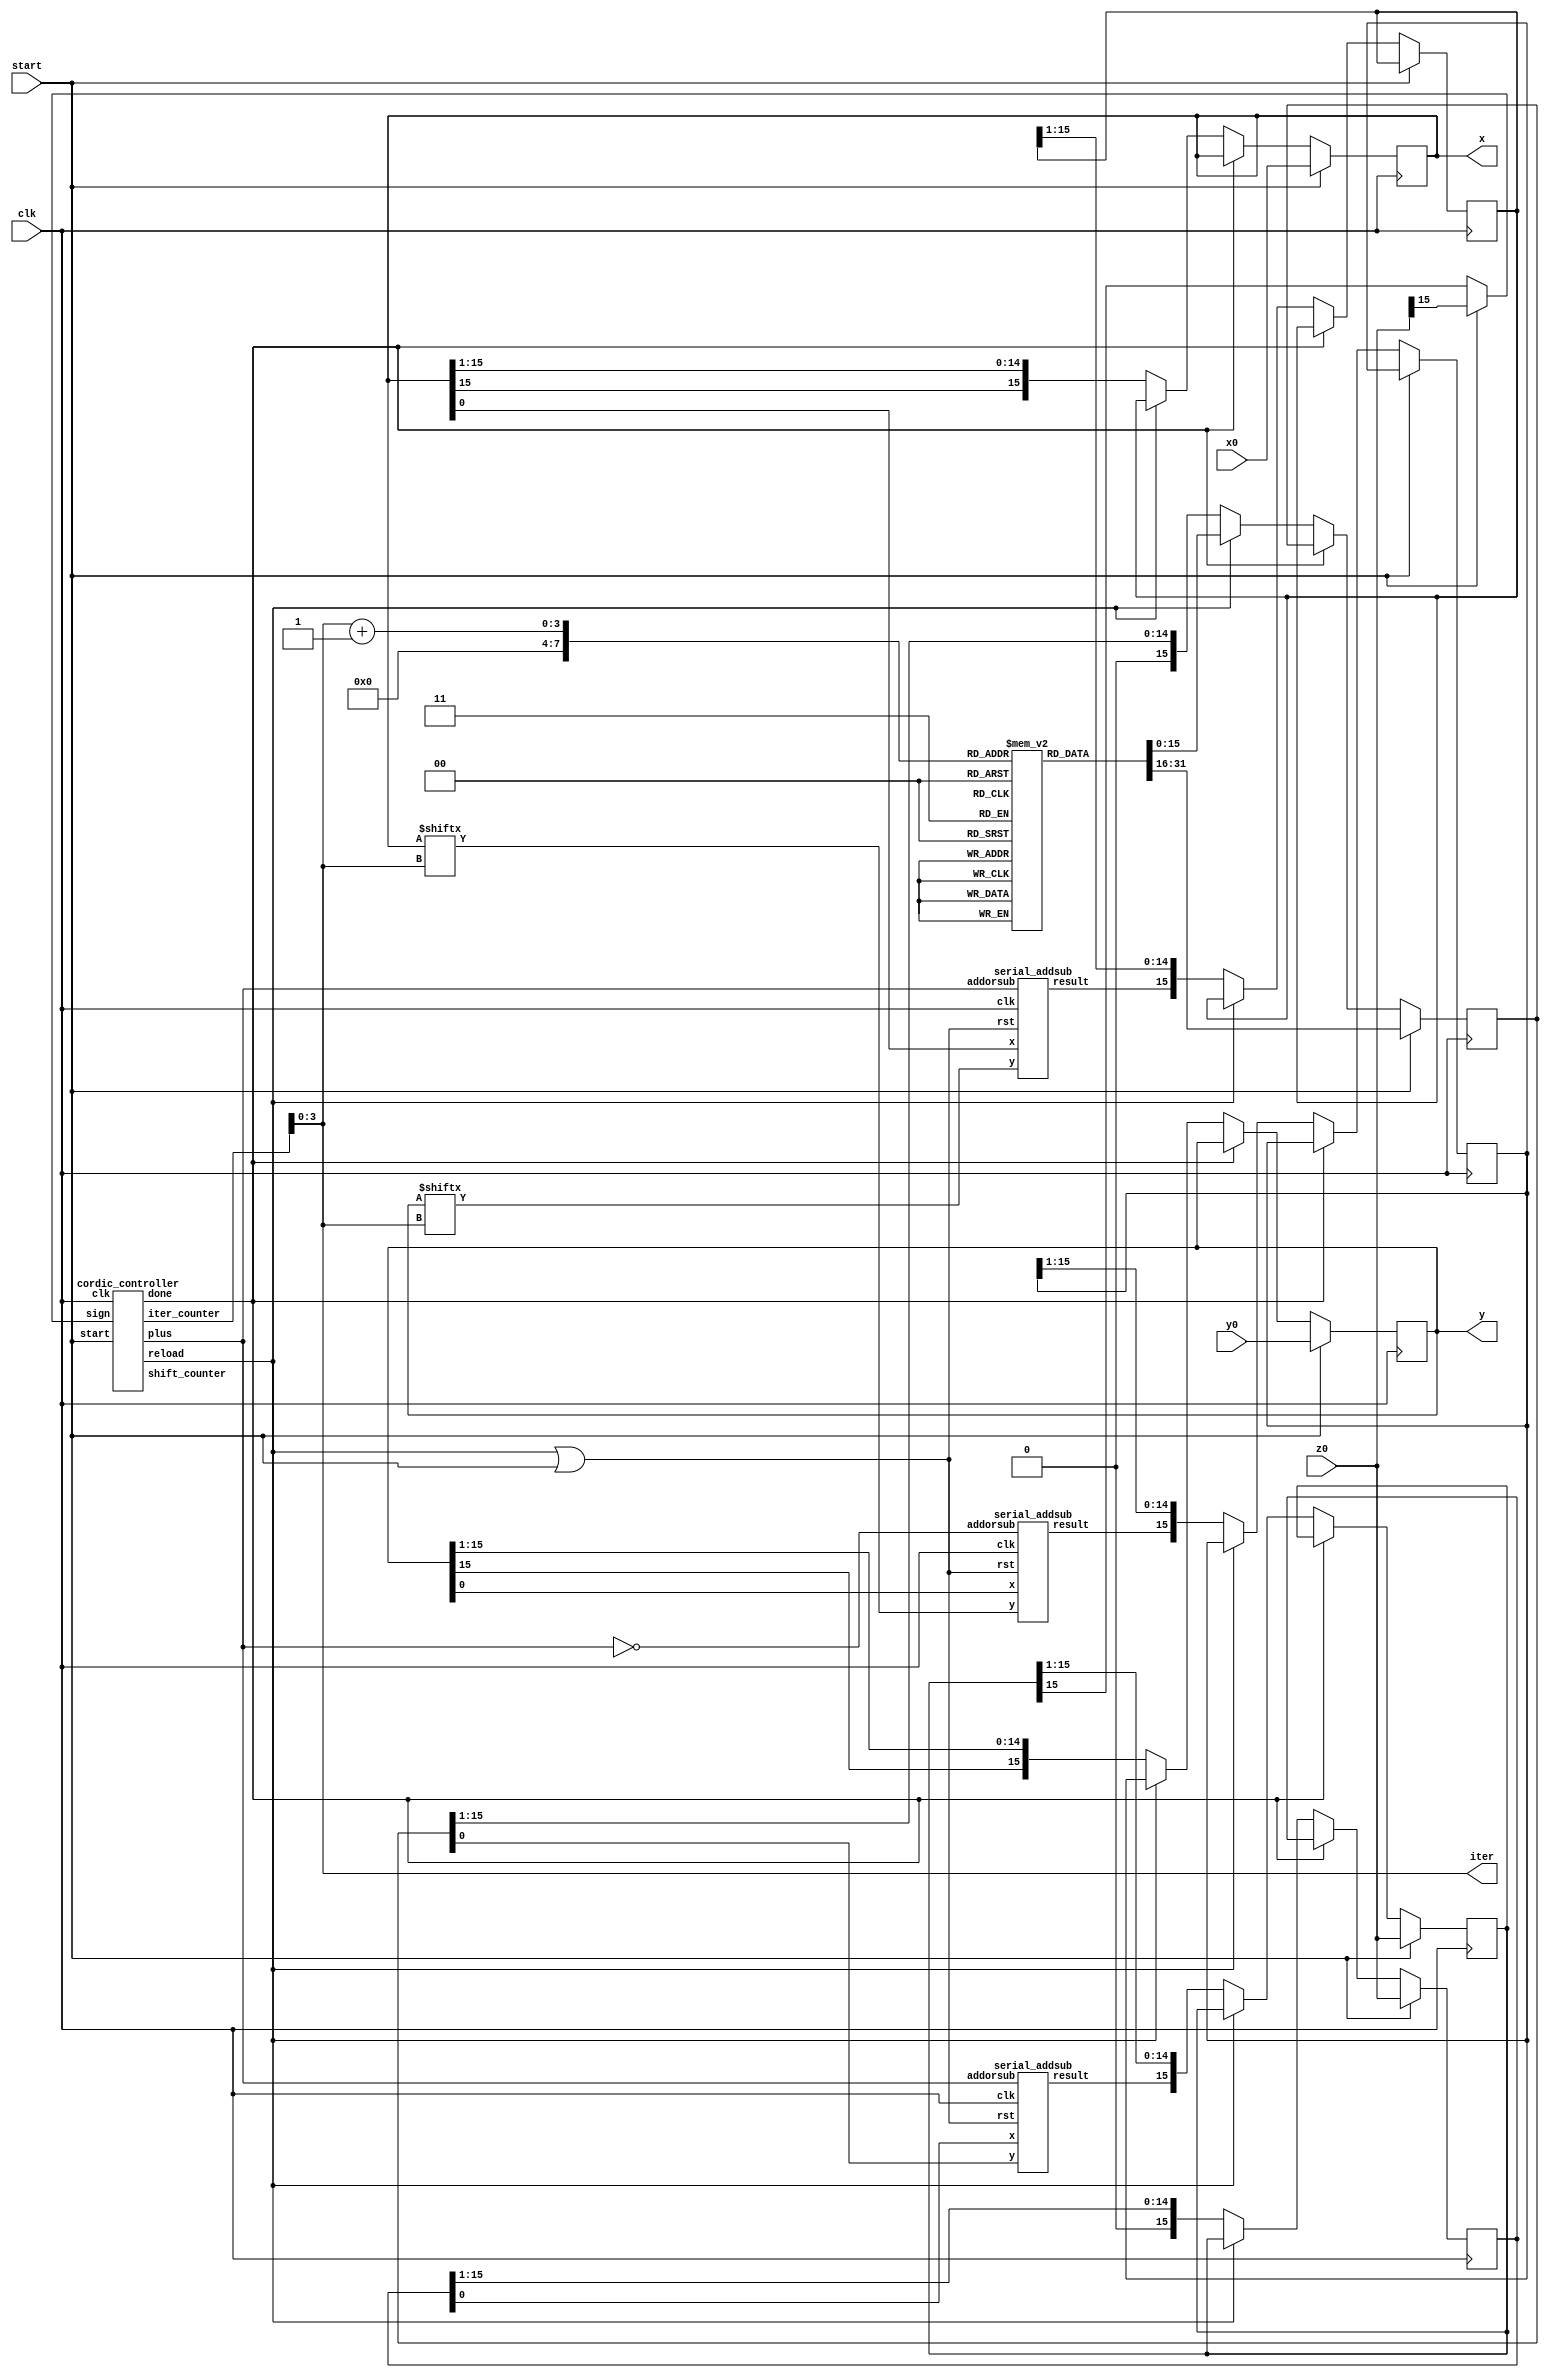
module cordic( output [3:0] iter,
	       output reg [15:0] x,
	       output reg [15:0] y,
	       input  [15:0] x0,y0,z0,
	       input start,
	       input clk);
   reg  [15:0] ROM [0:15];
   reg [15:0] rom_content, x_result, y_result, z_result;
   reg [15:0] z;
   wire  xin, yin;
   wire done,plus; 
   wire  xout, yout, zout;
   wire adder_rst, reload;
   wire  sign_signal;
   wire [4:0] iter_counter, shift_counter;
   //wire xr_shift, yr_shift, zr_shift, x_shift, y_shift, z_shift, rom_shift;
   wire sign;
   initial begin
	  ROM[0] <= 16'b0011001001000100;
      ROM[1] <= 16'b0001110110101100;
      ROM[2] <= 16'b0000111110101110;
      ROM[3] <= 16'b0000011111110101;
      ROM[4] <= 16'b0000001111111111;
      ROM[5] <= 16'b0000001000000000;
      ROM[6] <= 16'b0000000100000000;
      ROM[7] <= 16'b0000000010000000;
      ROM[8] <= 16'b0000000001000000;
      ROM[9] <= 16'b0000000000100000;
      ROM[10] <= 16'b0000000000010000;
      ROM[11] <= 16'b0000000000001000;
      ROM[12] <= 16'b0000000000000100;
      ROM[13] <= 16'b0000000000000010;
      ROM[14] <= 16'b0000000000000001;
      ROM[15] <= 16'b0000000000000000; 
      

   end
   assign xin = x[iter];
   assign yin = y[iter];
   assign sign_signal = start? z0[15] : z_result[15]; 
   assign adder_rst = reload|start;
   serial_addsub SA1 (xout,x[0],yin,plus,adder_rst,clk);
   serial_addsub SA2 (yout,y[0],xin,~plus,adder_rst,clk);
   serial_addsub SA3 (zout,z[0],rom_content[0],plus,adder_rst,clk);
   cordic_controller CONTROL (done,reload,iter_counter,shift_counter,plus,sign_signal,start,clk);
    
   /* shift xr(clk,xout,xr_shift, x_result); 
    shift yr(clk,yout,yr_shift, y_result); 
    shift zr(clk,zout,zr_shift, z_result); 
    shift xsh(clk,x[15],x_shift, x); 
    shift ysh(clk,y[15],y_shift, y); 
    shift zsh(clk,z[15],z_shift, z); 
    shift romsh(clk,rom_content[15],rom_shift, rom_content); */

   always @(posedge clk) begin
    if(start) begin
    x <= x0;
    y <= y0;
    z <= z0;
    z_result <= z0;
    rom_content <= ROM[0]; 
    
    
	 /*iter_counter = 0;
     shift_counter = 0;
     done = 0;
     plus = sign;*/
	 
      end
    else if (~done) begin
    
    
    /*shift_counter = shift_counter + 1;
    
       if (shift_counter == 17) begin
          shift_counter = 0;
          iter_counter = iter_counter + 1;
          plus = sign;
       end
       if (iter_counter == 13) begin
          done = 1;
       end*/
    
	 if (reload) begin
	    x <= x_result;
	    y <= y_result;
	    z <= z_result;
	    rom_content <= ROM[iter+1];
	 end
	 else begin
	    x_result <= {xout, x_result[15:1]};
        y_result <= {yout, y_result[15:1]};
        z_result <= {zout, z_result[15:1]};
	    x <= {x[15],x[15:1]};
	    y <= {y[15],y[15:1]};
	    z <= z >>> 1;
	    rom_content <= rom_content >>> 1;
	    
	   /* x_result <= {xout, x_result[15:1]};
        y_result <= {yout, y_result[15:1]};
        z_result <= {zout, z_result[15:1]};
        x <= x >>> 1;
        y <= y >>> 1;
        z <= z >>> 1;
        rom_content <= rom_content >>> 1;*/
	    
	   /* x_result <= xr_shift;
        y_result <= yr_shift;
        z_result <= zr_shift;
        x <= x_shift;
        y <= y_shift;
        z <= z_shift;
        rom_content <= rom_shift;*/
	 end
    end
    
   end
   assign iter = iter_counter[3:0];
   //assign reload = (shift_counter == 16);
endmodule 

module cordic_controller( output reg done,
			  output reload,
			  output reg [4:0] iter_counter,
			  output reg [4:0] shift_counter,
			  output reg plus,
			  input sign,
			  input start,
			  input clk);
    initial plus = 0;
   always @(posedge clk) begin
      if (start) begin 
	 iter_counter = 0;
	 shift_counter = 0;
	 done = 0;
	 plus = sign;
      end
      else if (~done) begin
	    shift_counter = shift_counter + 1;
	   if (shift_counter == 17) begin
	       shift_counter = 0;
	       iter_counter = iter_counter + 1;
	       plus = sign;
	    end
	   if (iter_counter == 13) begin
	       done = 1;
	   end
      end
   end
   assign reload = (shift_counter == 16);
endmodule

module serial_addsub( output result,
		     input x,
		     input y,
		     input addorsub,
		     input rst,
		     input clk);
   reg 			   cin = 0;
   wire 		   cout;
   assign result = x^y^cin;
   assign cout = addorsub ? (x&y)|(cin&(x|y)) : (((~x)&cin)|((~x)&y)|(y&cin));
   always @(posedge clk) begin
      if (rst) cin <= 0;
      else cin <= cout;
   end
endmodule


/*module shift (input clk, 
input shift_bit,
output reg signed [15:0]x_result, 
output reg signed [15:0]y_result, 
output reg signed [15:0]z_result, 
input signed [15:0]x,
input signed [15:0]y,
input signed [15:0]z,
input xout,
input yout,
input zout
); 

  always @(posedge clk) 
    if (reload) begin
          x <= x_result;
          y <= y_result;
          z <= z_result;
          rom_content <= ROM[iter+1];
       end
       else begin
          x_result <= {xout, x_result[15:1]};
          y_result <= {yout, y_result[15:1]};
          z_result <= {zout, z_result[15:1]};
          x <= x >>> 1;
          y <= y >>> 1;
          z <= z >>> 1;
          rom_content <= rom_content >>> 1;

       end
endmodule */